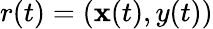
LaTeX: r(t)=(\mathbf{x}(t),y(t))